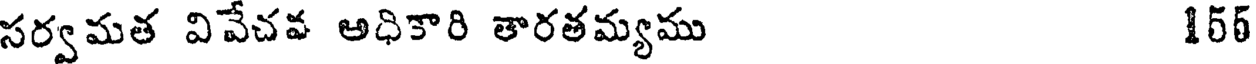
సర్వమత వివేచవ అధికారి తారతమ్యము 156